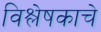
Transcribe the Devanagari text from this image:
विश्लेषकाचे